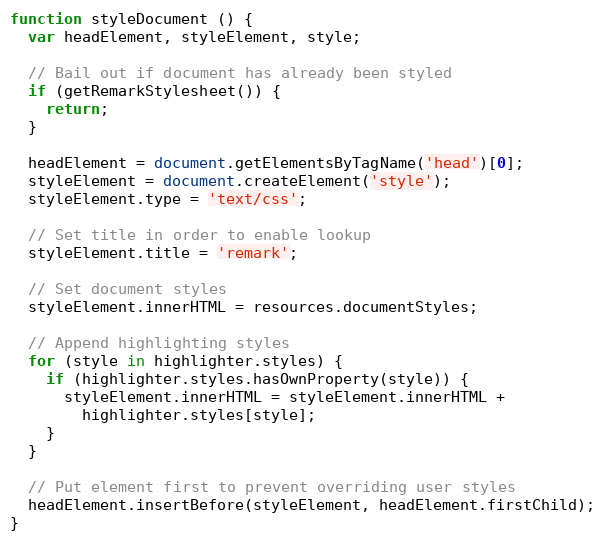
Language: JavaScript
function styleDocument () {
  var headElement, styleElement, style;

  // Bail out if document has already been styled
  if (getRemarkStylesheet()) {
    return;
  }

  headElement = document.getElementsByTagName('head')[0];
  styleElement = document.createElement('style');
  styleElement.type = 'text/css';

  // Set title in order to enable lookup
  styleElement.title = 'remark';

  // Set document styles
  styleElement.innerHTML = resources.documentStyles;

  // Append highlighting styles
  for (style in highlighter.styles) {
    if (highlighter.styles.hasOwnProperty(style)) {
      styleElement.innerHTML = styleElement.innerHTML +
        highlighter.styles[style];
    }
  }

  // Put element first to prevent overriding user styles
  headElement.insertBefore(styleElement, headElement.firstChild);
}